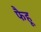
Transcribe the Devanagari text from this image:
फैहू